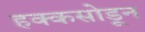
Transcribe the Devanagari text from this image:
हक्कसोडून